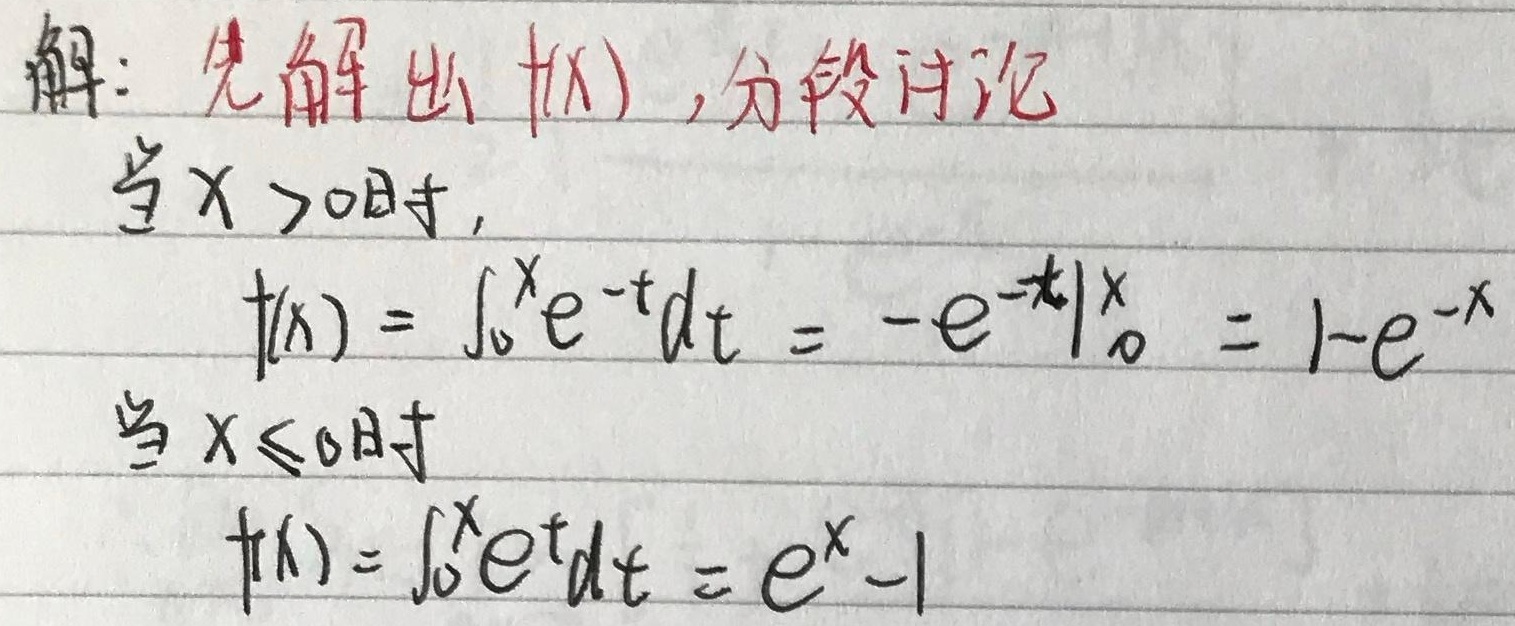
解：先解出 \(f(x)\) ,分段讨论
当 \(x > 0\)时,
\[
f(x)=\int_{0}^{x}e^{-t}dt=-e^{-t}\big|_{0}^{x}=1 - e^{-x}
\]
当 \(x\leq0\)时
\[
f(x)=\int_{0}^{x}e^{t}dt=e^{x}-1
\]